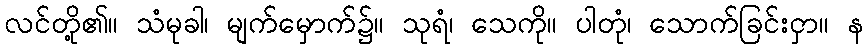
လင်တို့၏။ သံမုခါ၊ မျက်မှောက်၌။ သုရံ၊ သေကို။ ပါတုံ၊ သောက်ခြင်းငှာ။ န